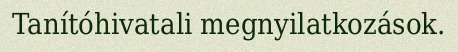
Tanítóhivatali megnyilatkozások.